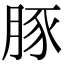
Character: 豚